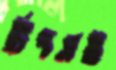
টিপসই